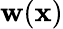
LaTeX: \mathbf{w}(\mathbf{x})